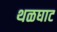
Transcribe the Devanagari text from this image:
थळघाट